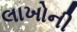
લાખોની